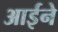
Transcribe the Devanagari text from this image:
आर्इने